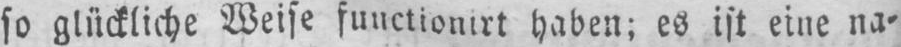
haben; es ist eine na⸗